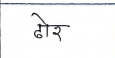
मजकूर: ढोर